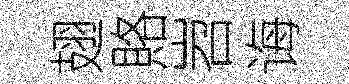
翅賂岧诲